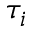
\tau _ { i }